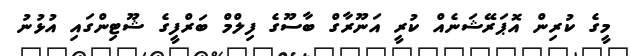
މީގެ ކުރިން އޮޕަރޭޝަނެއް ކުރީ އަނޫރާގް ބާސޫގެ ފިލްމް ބަރްފީގެ ޝޫޓިންގައި އުޅުނު